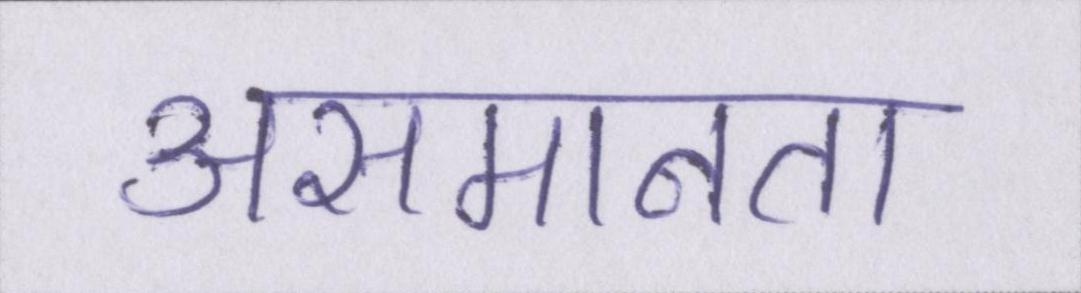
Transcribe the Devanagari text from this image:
असमानता